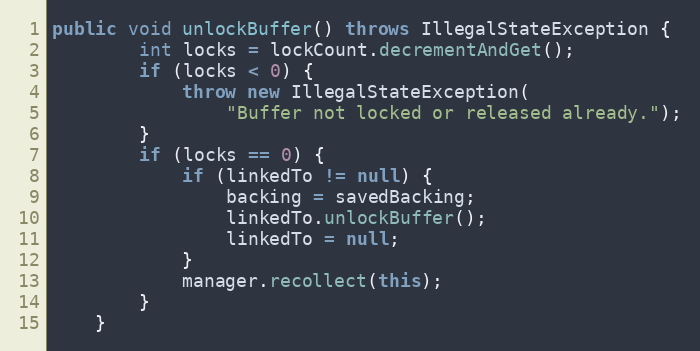
Language: Java
public void unlockBuffer() throws IllegalStateException {
        int locks = lockCount.decrementAndGet();
        if (locks < 0) {
            throw new IllegalStateException(
                "Buffer not locked or released already.");
        }
        if (locks == 0) {
            if (linkedTo != null) {
                backing = savedBacking;
                linkedTo.unlockBuffer();
                linkedTo = null;
            }
            manager.recollect(this);
        }
    }